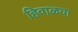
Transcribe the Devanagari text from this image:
हिवाळया